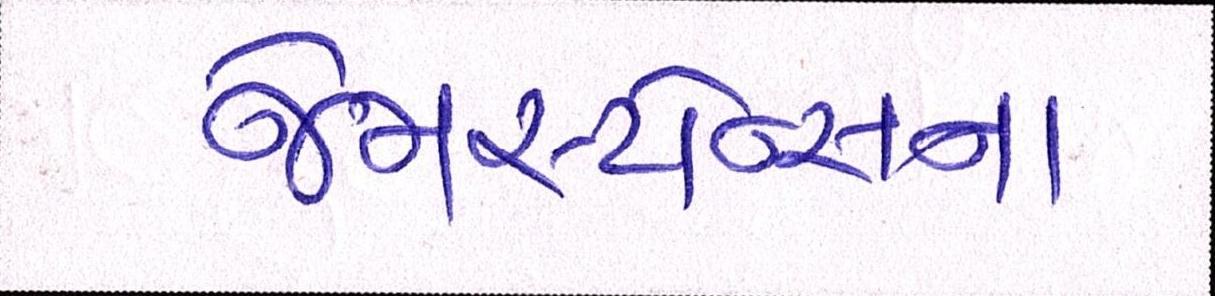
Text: જેમસ્ટોન્સના